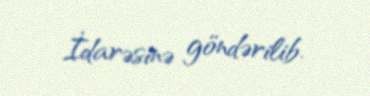
İdarəsinə göndərilib.